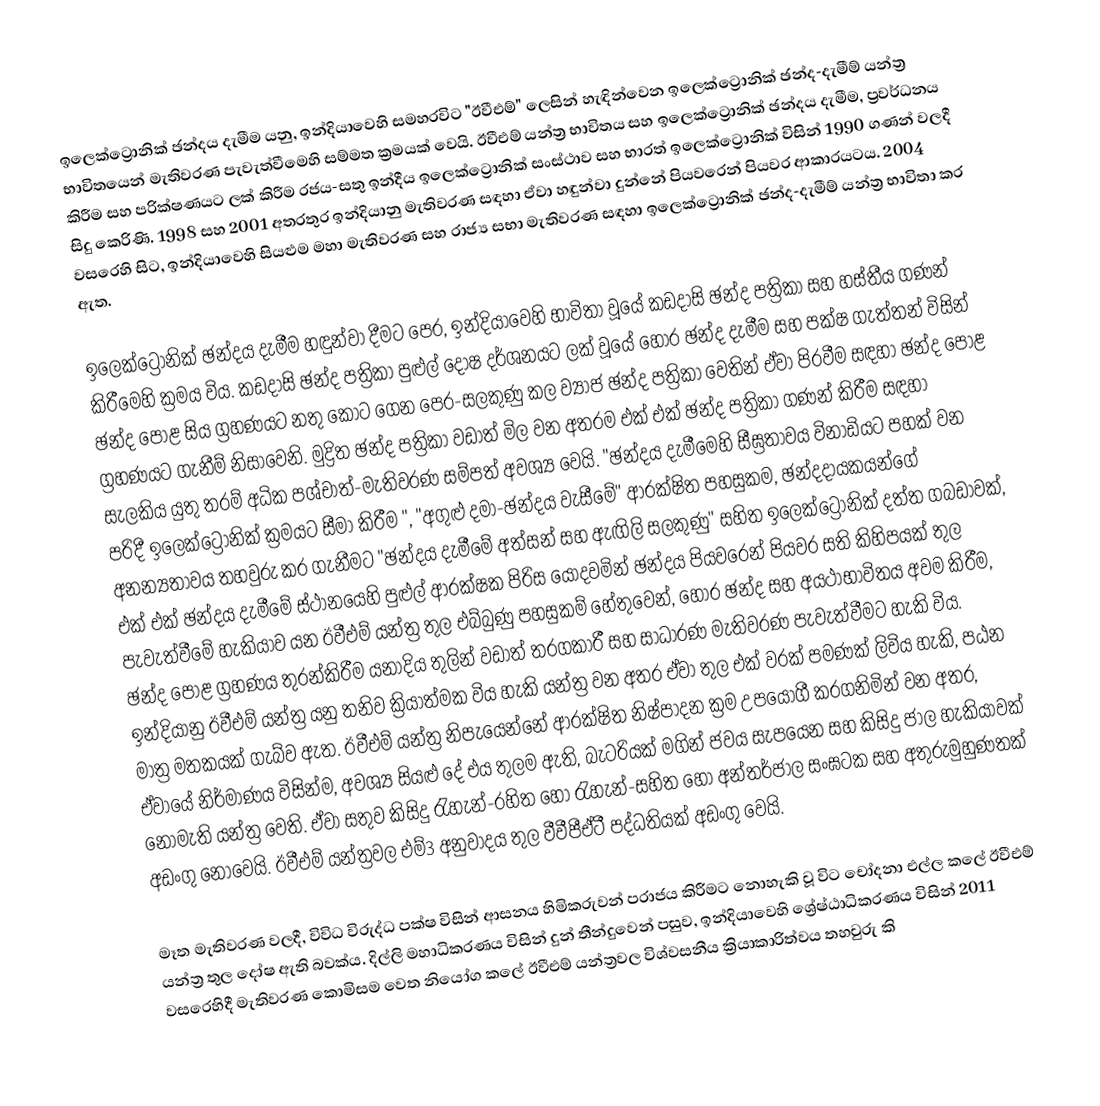
ඉලෙක්ට්‍රොනික් ඡන්දය දැමීම යනු, ඉන්දියාවෙහි සමහරවිට "ඊවීඑම්"  ලෙසින් හැඳින්වෙන  ඉලෙක්ට්‍රොනික් ඡන්ද-දැමීම් යන්ත්‍ර භාවිතයෙන් මැතිවරණ පැවැත්වීමෙහි සම්මත ක්‍රමයක් වෙයි.  ඊවීඑම් යන්ත්‍ර භාවිතය සහ ඉලෙක්ට්‍රොනික් ඡන්දය දැමීම, ප්‍රවර්ධනය කිරීම සහ පරික්ෂණයට ලක් කිරීම රජය-සතු ඉන්දීය ඉලෙක්ට්‍රොනික් සංස්ථාව සහ භාරත් ඉලෙක්ට්‍රොනික් විසින් 1990 ගණන් වලදී සිදු කෙරිණි. 1998 සහ 2001 අතරතුර ඉන්දියානු මැතිවරණ සඳහා ඒවා හඳුන්වා දුන්නේ පියවරෙන් පියවර ආකාරයටය. 2004 වසරෙහි සිට, ඉන්දියාවෙහි  සියළුම මහා මැතිවරණ සහ රාජ්‍ය සභා මැතිවරණ සඳහා ඉලෙක්ට්‍රොනික් ඡන්ද-දැමීම් යන්ත්‍ර භාවිතා කර ඇත.

ඉලෙක්ට්‍රොනික් ඡන්දය දැමීම හඳුන්වා දීමට පෙර, ඉන්දියාවෙහි භාවිතා වූයේ කඩදාසි ඡන්ද පත්‍රිකා සහ හස්තීය ගණන් කිරීමෙහි ක්‍රමය විය. කඩදාසි ඡන්ද පත්‍රිකා පුළුල් දෝෂ දර්ශනයට ලක් වූයේ හොර ඡන්ද දැමීම  සහ පක්ෂ ගැත්තන් විසින් ඡන්ද පොළ සිය ග්‍රහණයට නතු කොට ගෙන පෙර-සලකුණු කල ව්‍යාජ ඡන්ද පත්‍රිකා වෙතින් ඒවා පිරවීම සඳහා   ඡන්ද පොළ ග්‍රහණයට ගැනීම් නිසාවෙනි. මුද්‍රිත ඡන්ද පත්‍රිකා වඩාත් මිල වන අතරම එක් එක් ඡන්ද පත්‍රිකා ගණන් කිරීම සඳහා සැලකිය යුතු තරම් අධික පශ්චාත්-මැතිවරණ සම්පත් අවශ්‍ය වෙයි. "ඡන්දය දැමීමෙහි සීඝ්‍රතාවය විනාඩියට පහක් වන පරිදී ඉලෙක්ට්‍රොනික් ක්‍රමයට සීමා කිරීම ", "අගුළු දමා-ඡන්දය වැසීමේ" ආරක්ෂිත පහසුකම, ඡන්දදායකයන්ගේ අනන්‍යතාවය තහවුරු කර ගැනීමට "ඡන්දය දැමීමේ අත්සන් සහ ඇඟිලි සලකුණු" සහිත ඉලෙක්ට්‍රොනික් දත්ත ගබඩාවක්, එක් එක් ඡන්දය දැමීමේ ස්ථානයෙහි පුළුල් ආරක්ෂක පිරිස යොදවමින් ඡන්දය පියවරෙන් පියවර සති කිහිපයක් තුල පැවැත්වීමේ හැකියාව  යන  ඊවීඑම් යන්ත්‍ර තුල එබ්බුණු පහසුකම් හේතුවෙන්, හොර ඡන්ද සහ අයථාභාවිතය අවම කිරීම, ඡන්ද පොළ ග්‍රහණය තුරන්කිරීම යනාදිය තුලින් වඩාත් තරගකාරී සහ සාධාරණ මැතිවරණ පැවැත්වීමට හැකි විය. ඉන්දියානු ඊවීඑම් යන්ත්‍ර යනු තනිව ක්‍රියාත්මක විය හැකි යන්ත්‍ර වන අතර ඒවා තුල එක් වරක් පමණක් ලිවිය හැකි,  පඨන මාත්‍ර මතකයක් ගැබ්ව ඇත. ඊවීඑම් යන්ත්‍ර නිපැයෙන්නේ ආරක්ෂිත නිෂ්පාදන ක්‍රම උපයෝගී කරගනිමින් වන අතර, ඒවායේ නිර්මාණය විසින්ම,  අවශ්‍ය සියළු දේ එය තුලම ඇති, බැටරියක් මගින් ජවය සැපයෙන සහ කිසිදු ජාල හැකියාවක් නොමැති යන්ත්‍ර වෙති. ඒවා සතුව  කිසිදු රැහැන්-රහිත හෝ රැහැන්-සහිත හෝ අන්තර්ජාල  සංඝටක සහ අතුරුමුහුණතක් අඩංගු නොවෙයි. ඊවීඑම් යන්ත්‍රවල එම්3 අනුවාදය තුල වීවීපීඒටී පද්ධතියක් අඩංගු වෙයි.

මෑත මැතිවරණ වලදී, විවිධ විරුද්ධ පක්ෂ විසින් ආසනය හිමිකරුවන් පරාජය කිරීමට නොහැකි වූ විට චෝදනා එල්ල කලේ ඊවීඑම් යන්ත්‍ර තුල දෝෂ ඇති බවක්ය. දිල්ලි  මහාධිකරණය විසින් දුන් තීන්දුවෙන් පසුව, ඉන්දියාවෙහි ශ්‍රේෂ්ඨාධිකරණය විසින්  2011 වසරෙහිදී  මැතිවරණ කොමිසම වෙත නියෝග කලේ ඊවීඑම් යන්ත්‍රවල විශ්වසනීය ක්‍රියාකාරිත්වය තහවුරු කි